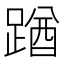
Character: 䠓